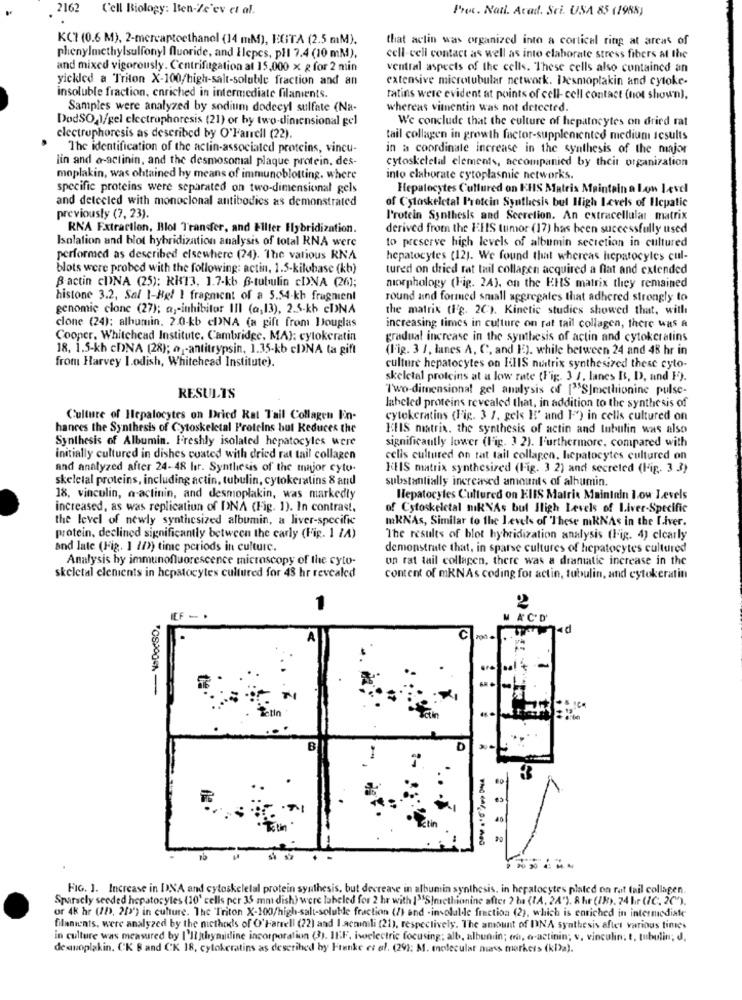
2162
Cell Biology: Bten-Ze'ev et al.
Iron. Natl. Acad. Sci. USA 85 (1988)
KCI (0.6 M), 2-mercaptoethanol (14 mM), EGITA (2.5 mM).
that actin was organized into a cortical ring at areas of
phenylmethylsulfonyl fluoride, and Ilepcs, pil 7.4 (10 mM),
cell-cell contact as well as into clahorate stress fibers at the
and mixed vigorously. Centrifugation al 15,000 x g for 2 min
ventral aspects of the cells. These cells also contained an
yickled a Triton X-100/high-salt-soluble fraction and an
extensive microtubular network. Desmoplakin and cytoke-
insoluble fraction, enriched in intermediate filaments.
tatins were evident at points of cell- cell contact (not shown),
Samples were analyzed by sodium dodecyl sulfate (Na-
whereas vimentin was not detected.
DodSO,1/gel electrophoresis (21) or by two-dimensional gel
We conclude that the culture of hepatocytes on dried rat
electrophoresis as described by O'Farrell (22).
tail collagen in growth factor-supplemented medium results
The identification of the actin-associated proteins, vincu-
in a coordinate increase in the synthesis of the major
lin and a-actinin, and the desmosomal plaque protein, des-
cytoskeletal clements, accompanied by their organization
moplakin, was obtained by means of immunoblotting, where
into claborate cytoplasmic networks.
specific proteins were separated on two-dimensional gels
Hepatocytes Cultured on KHIS Matrix Maintain a Low Level
and detecled with monoclonal antibodies as demonstrated
of Cyloskeletal Protein Synthesis bul High Levels of Hepatic
previously (7, 23).
P'rotein Synthesis and Scerelion. An extracellular matrix
RNA Extraction, Blot Transfer, and Filter Hybridization.
derived from the FHIS tumor (17) has been successfully used
Isolation and blot hybridization analysis of total RNA were
to preserve high levels of albumin secretion in cultured
performed as described elsewhere (24). The various RNA
hepatocytes (12). We found that whereas hepatocytes cul-
blots were probed with the following: actin, 1.5-kilobase (kb)
tured on dried rat tail collagen acquired a flat and extended
Bactin CINA (25): RH13, 1.7-kb 6-tubulin cDNA (26);
morphology (Fig. 2A), on the EHS matrix they remained
histone 3.2, Sal 1-Hgl ! fragment of a 5.54-kb fragment
round and formed small aggregales that adhered strongly to
genomic clone (27); a ,- inhibitor III (a,13), 2.5-kb cDNA
the matrix (Hg. 2C). Kinetic studies showed that, with
clone (24); albumin. 2.0-kb eDNA (a gift from Douglas
increasing times in culture on rat tail collagen, there was a
Cooper, Whitehead Institute. Cambridge, MA): cytokeratin
gradual increase in the synthesis of actin and cytokeratins
18, 1.5-kh cDNA (28); @ -antitrypsin, 1.35-kb cD)NA ta gift
(Fig. 3 1, lanes A, C, and I). while between 24 and 48 hr in
from Harvey I.odish, Whitehead Institute).
culture hepatocytes on HIS nutrix synthesized these cyto-
skeletal proteins at a low rate (Fig. 3 /. lanes Is, D), and F).
Two-dimensional gel analysis of ["S]methionine pulse-
RESULTS
labeled proteins revealed that, in addition to the synthesis of
Culture of Hepatocytes on Dried Kat Tail Collagen En-
cytokeratins (Fig. 3 7. gels E' and I') in cells cultured on
hances the Synthesis of Cytoskeletal Proteins but Reduces the
ICHIS matrix. the synthesis of actin and tubulin was also
Synthesis of Albumin. Freshly isolated hepatocytes were
significantly lower (Fig. 3 2). I'urthermore, compared with
initially cultured in dishes coated with dried rat tail collagen
cells cultured on tat tail collagen, hepatocytes cultured on
and analyzed after 24-48 hr. Synthesis of the major cytu.
HUIS matrix synthesized (Fig. 3 2) and secreled (Fig. 3 3)
skeletal proteins, including actin, tubulin, cytokeratins 8 and
substantially increased amounts of albumin.
18, vinculin, a-actinin, and desmoplakin, was markedly
Hepatocytes Cultured on ElIS Matrix Maininin low Levels
increased, as was replication of DNA (Fig. 1). In contrast.
of Cytoskeletal miRNAs bul High Levels of Liver-Specific
the level of newly synthesized albumin, a liver-specific
mKNAs, Similar to the Levels of These miRNAs in the I.iver.
protein, declined significantly between the carly (Fig. 1 /A)
The results of blot hybridization analysis (Fig. 4) clearly
and late (Fig. 1 /D)) time periods in culture.
demonstrate that, in sparse cultures of hepatocytes cultured
Analysis by immunofluorescence microscopy of the cyto-
on rat tail collagen, there was a dramatic increase in the
skeletal elements in hepatocytes cultured for 48 hr revealed
content of mRNAs coding for actin, tubulin, and cytokeratin
1
ICF - .
MAC'D'
ad
C
3
FIG. 1. Increase in DNA and cytoskeletal protein synthesis, but decrease in albumin synthesis, in hepatocytes plated on rat fail collagen.
Sparsely seeded hepatocytes (10' cells per 35 mnt dish) were labeled for 2 hr with I"S|methionine after 2 ba (IA, 24"). 8 hr (IN). 24 hr (IC. 20h).
or 4k hr (1b), 20>') in culture. Thc Triton X-100/high-salt-soluble fraction (/) and -involulde fraction (2), which is enriched in intermediate
filaments, were analyzed by the nicthods of O'Farrell (22) and I acminili (21), respectively. The amount of DNA synthesis after various times
in culture was measured by I'llthymidine incorporation (3). IEF. Iwoelectric focusing; alb, albumin; en, o-actinin; v, vinculin; t, tubulin; d,
de anoplakin. CK B and CK 18, cylokeratins as described by Ftenke et al. (29): M. molecular mass markets (kDa).